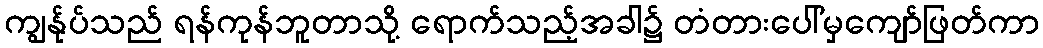
ကျွန်ုပ်သည် ရန်ကုန်ဘူတာသို့ ရောက်သည့်အခါ၌ တံတားပေါ်မှကျော်ဖြတ်ကာ